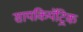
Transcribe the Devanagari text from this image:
सायकियॅट्रिक